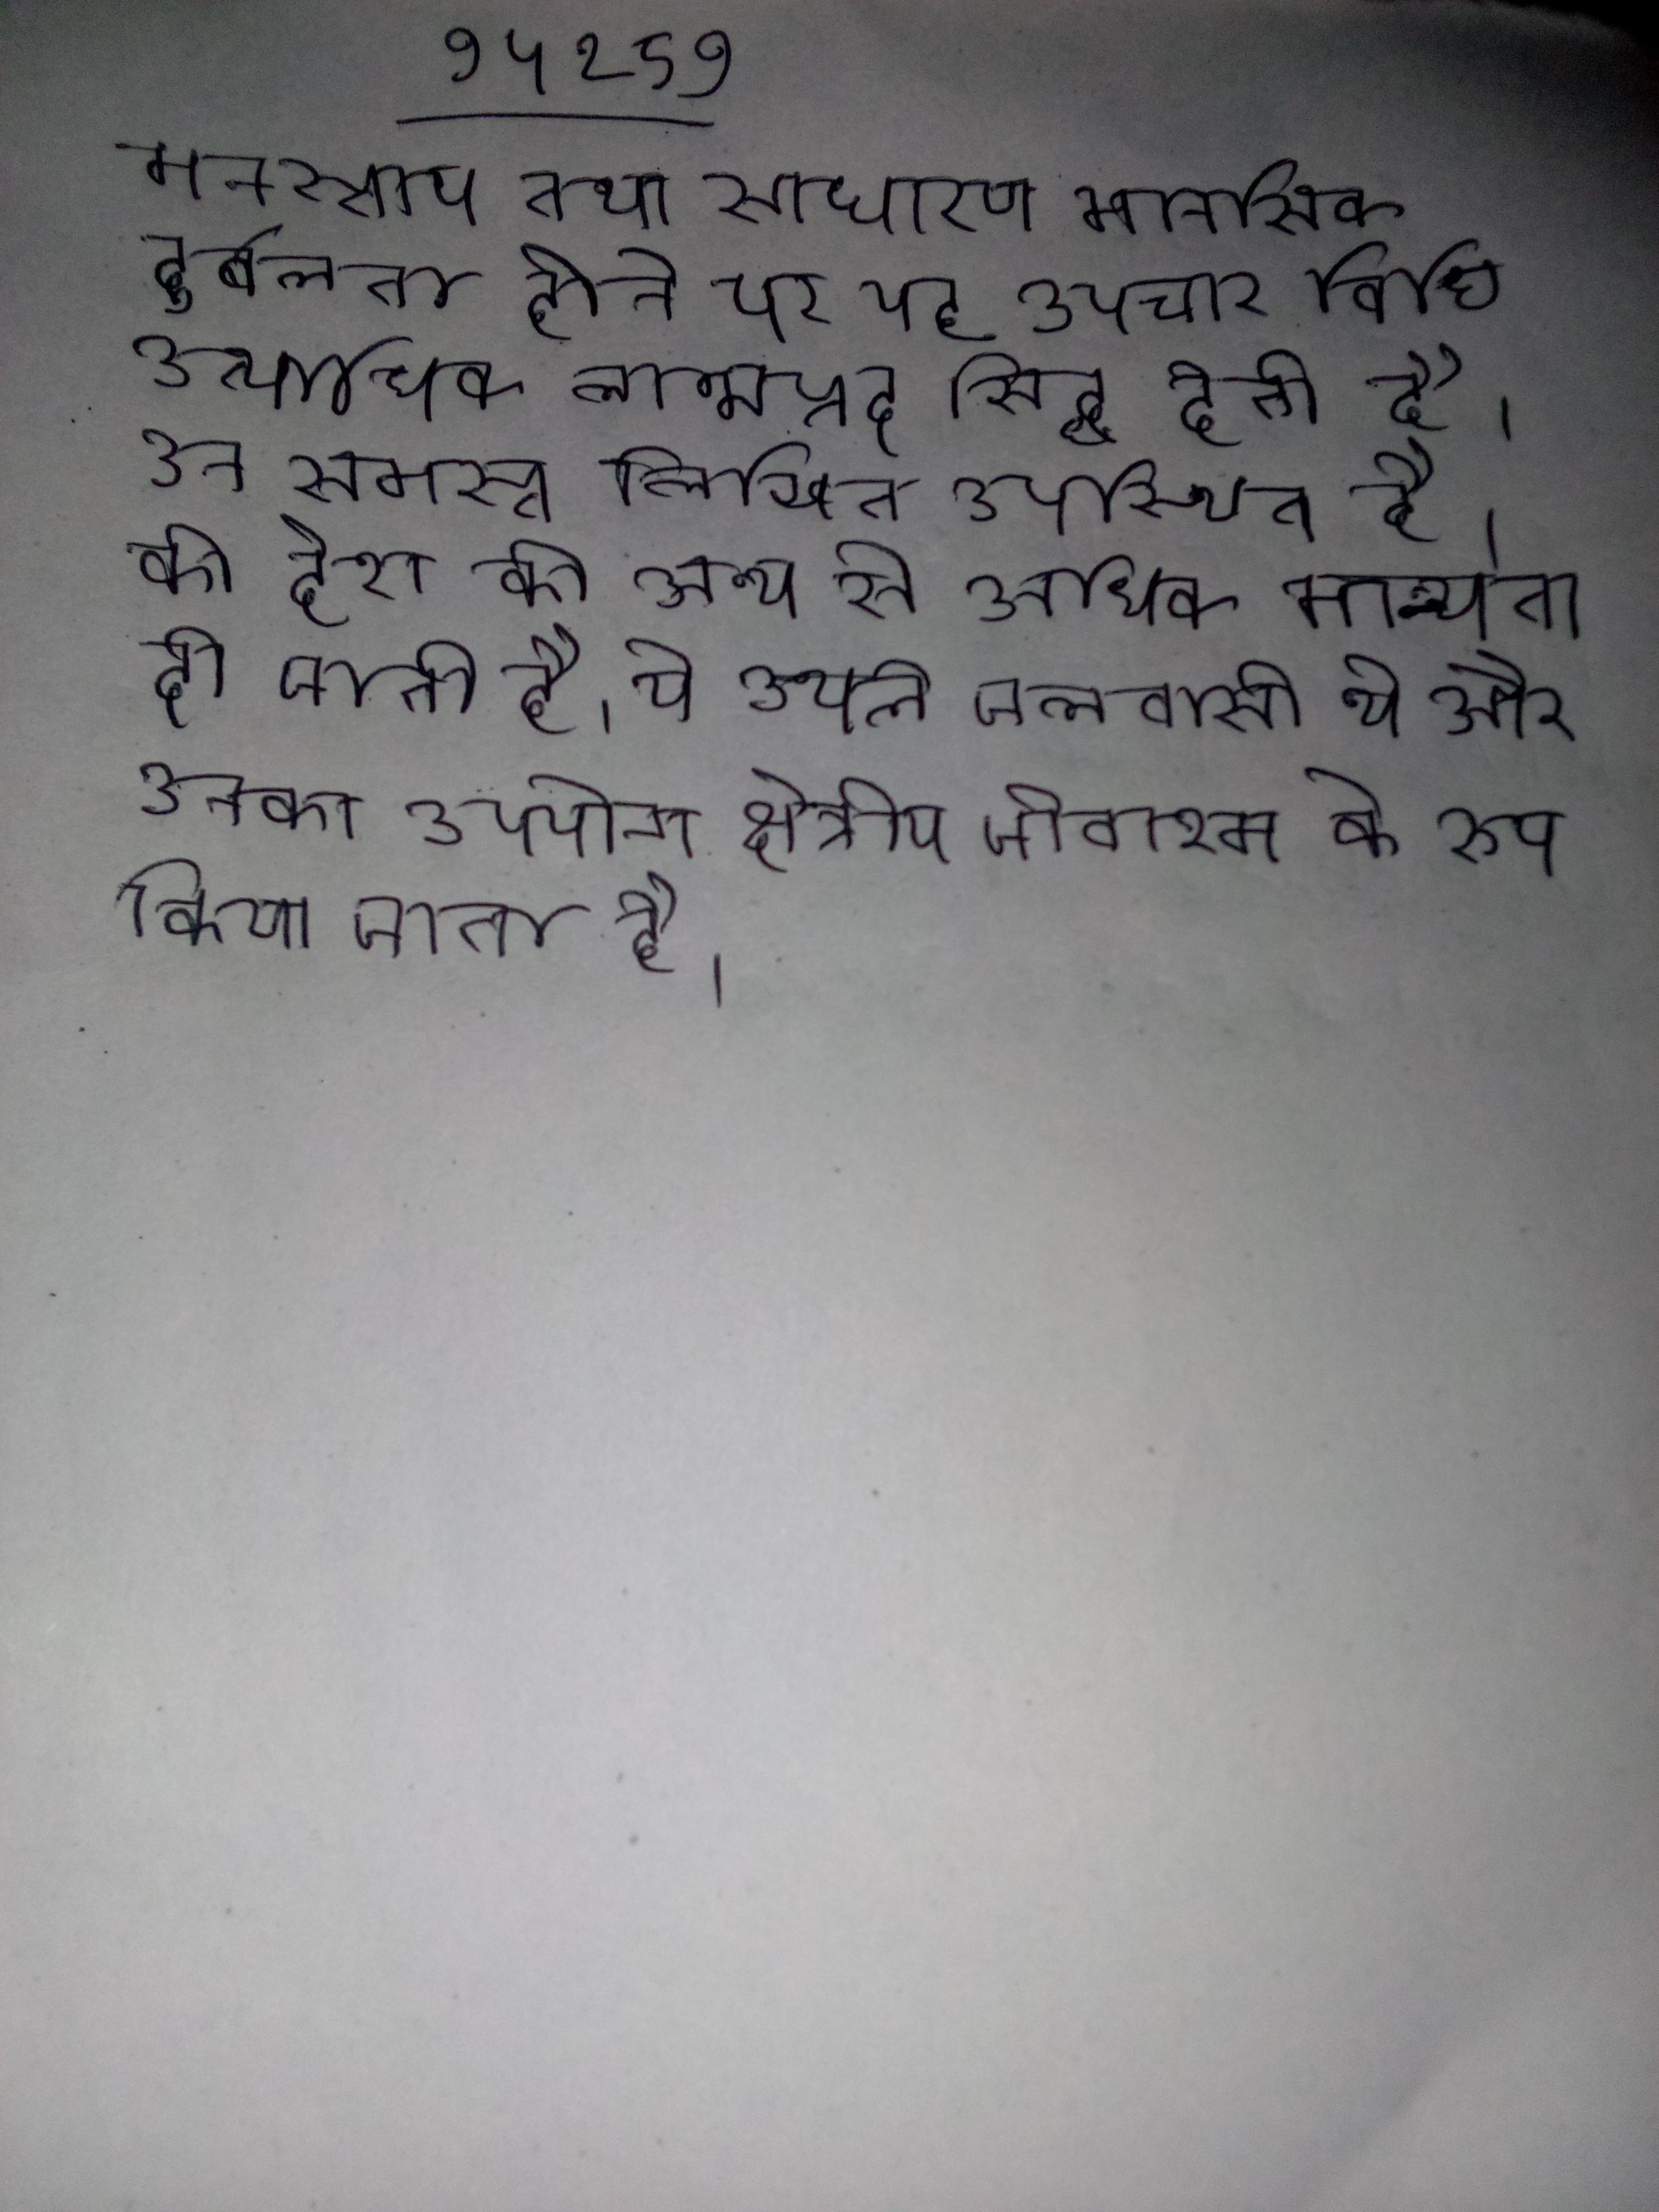
मनस्ताप तथा साधारण मानसिक दुर्बलता होने पर यह उपचार विधि अत्यधिक लाभप्रद सिद्ध होती है । उन समस्त लिखित उपस्थित है, को देश की अन्य से अधिक मान्यता दी जाती है । ये उथले जलवासी थे और उनका उपयोग क्षेत्रीय जीवाश्म के रूप किया जाता है ।